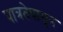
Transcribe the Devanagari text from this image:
पात्रतेपासून